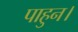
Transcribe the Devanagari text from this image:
पाहुन।